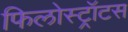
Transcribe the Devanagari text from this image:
फिलोस्ट्रॉटस